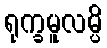
ရုက္ခမူလမ္ပိ